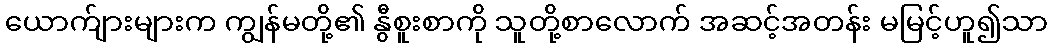
ယောက်ျားများက ကျွန်မတို့၏ နွီစူးစာကို သူတို့စာလောက် အဆင့်အတန်း မမြင့်ဟူ၍သာ